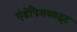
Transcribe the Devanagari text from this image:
एंडोपैरासाइट